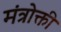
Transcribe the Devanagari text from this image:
मंत्रोक्ती